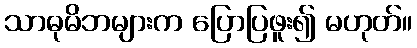
သာဓုမိဘများက ပြောပြဖူး၍ မဟုတ်။